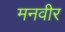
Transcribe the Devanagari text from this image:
मनवीर